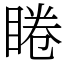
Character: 睠